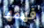
فهمها